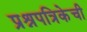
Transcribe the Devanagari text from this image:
प्रश्नपत्रिकेची